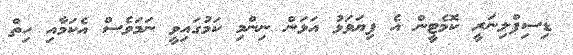
ޑިސިޕްލިނަރީ ކޮމެޓީން އެ ފިޔަވަޅު އަޅަން ނިންމި ކަމުގައިވީ ނަމަވެސް އެކަމާއި ހިތް